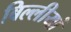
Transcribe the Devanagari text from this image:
बिल्लीयां